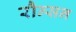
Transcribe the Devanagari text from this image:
रौन्सन